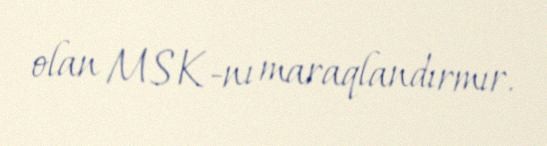
olan MSK-nı maraqlandırmır.